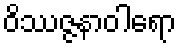
ဝိဿဇ္ဇနာဝါရော